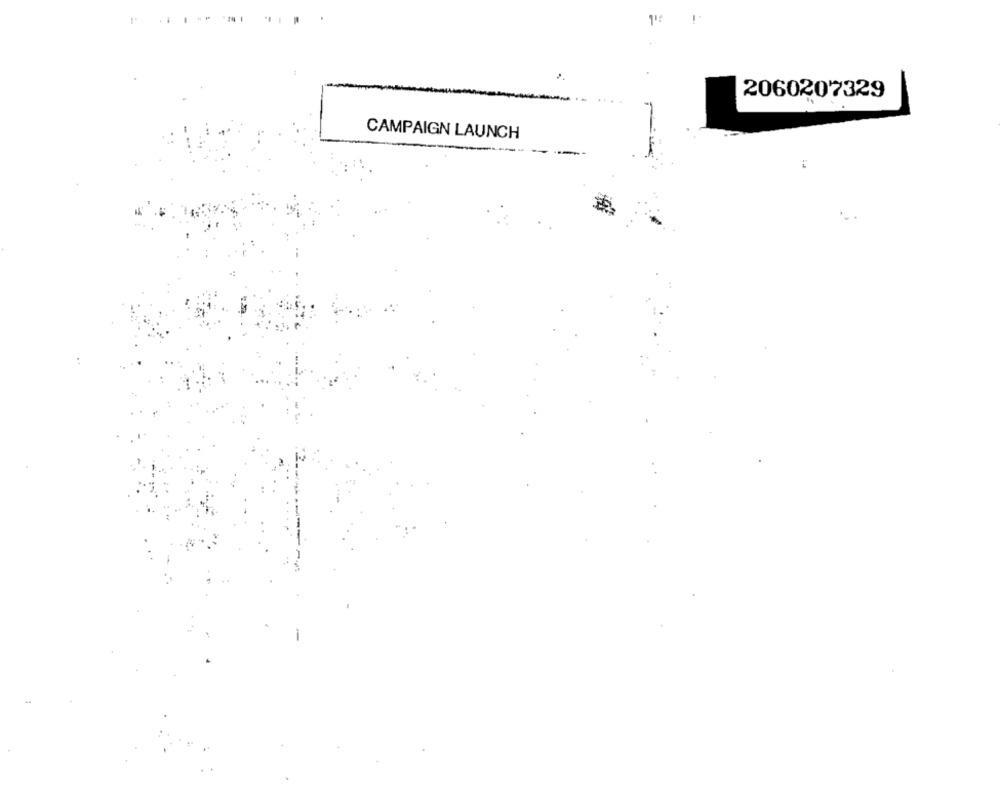
11:
2060207329
CAMPAIGN LAUNCH